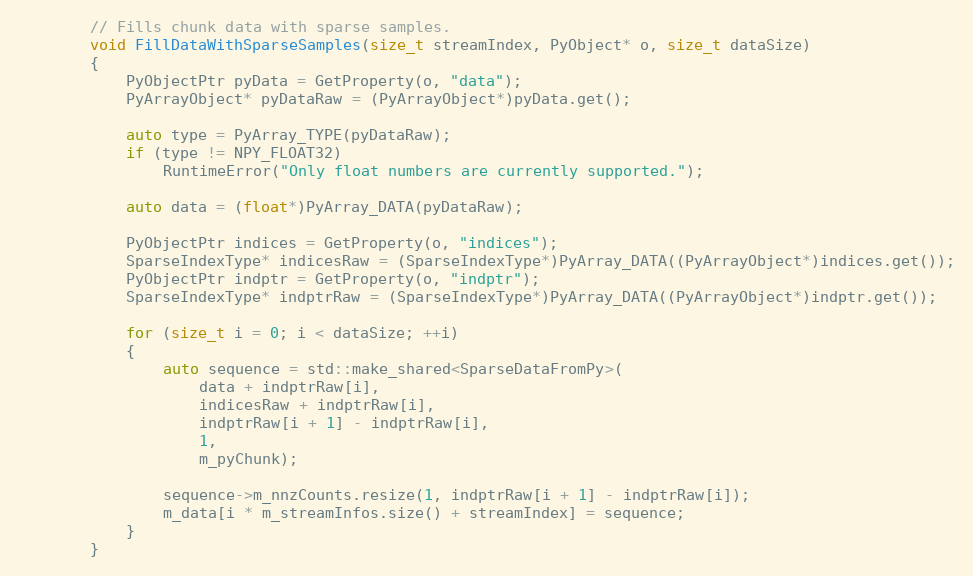
Language: C
        // Fills chunk data with sparse samples.
        void FillDataWithSparseSamples(size_t streamIndex, PyObject* o, size_t dataSize)
        {
            PyObjectPtr pyData = GetProperty(o, "data");
            PyArrayObject* pyDataRaw = (PyArrayObject*)pyData.get();

            auto type = PyArray_TYPE(pyDataRaw);
            if (type != NPY_FLOAT32)
                RuntimeError("Only float numbers are currently supported.");

            auto data = (float*)PyArray_DATA(pyDataRaw);

            PyObjectPtr indices = GetProperty(o, "indices");
            SparseIndexType* indicesRaw = (SparseIndexType*)PyArray_DATA((PyArrayObject*)indices.get());
            PyObjectPtr indptr = GetProperty(o, "indptr");
            SparseIndexType* indptrRaw = (SparseIndexType*)PyArray_DATA((PyArrayObject*)indptr.get());

            for (size_t i = 0; i < dataSize; ++i)
            {
                auto sequence = std::make_shared<SparseDataFromPy>(
                    data + indptrRaw[i],
                    indicesRaw + indptrRaw[i],
                    indptrRaw[i + 1] - indptrRaw[i],
                    1,
                    m_pyChunk);

                sequence->m_nnzCounts.resize(1, indptrRaw[i + 1] - indptrRaw[i]);
                m_data[i * m_streamInfos.size() + streamIndex] = sequence;
            }
        }